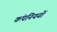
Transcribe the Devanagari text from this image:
कंपनिययों